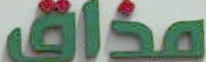
مذاق